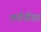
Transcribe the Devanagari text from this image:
वर्तनीयां